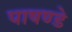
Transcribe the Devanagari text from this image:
पाषण्डे